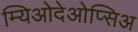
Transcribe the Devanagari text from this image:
म्यिओदेओप्सिअ